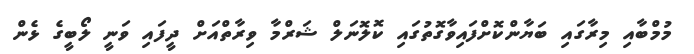
މުމްބާއި މިރާގައި ބަޔާންކޮށްފައިވާގޮތުގައި ކޮލޮނަލް ޝަރްމާ ވިރާތްއަށް ދީފައި ވަނީ ލޯބީގެ ޅެން